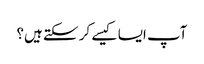
آپ ایسا کیسے کر سکتے ہیں؟